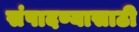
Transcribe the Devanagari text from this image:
संपादण्यासाठी